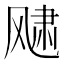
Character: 𩙨